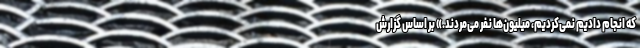
که انجام دادیم نمی‌کردیم، میلیون‌ها نفر می‌مُردند.» بر اساس گزارش